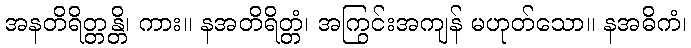
အနတိရိတ္တန္တိ၊ ကား။ နအတိရိတ္တံ၊ အကြွင်းအကျန် မဟုတ်သော။ နအဓိကံ၊